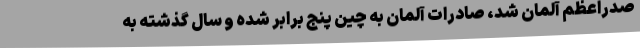
صدراعظم آلمان شد، صادرات آلمان به چین پنج برابر شده و سال گذشته به